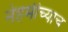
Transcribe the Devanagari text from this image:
नेहमीच्याच